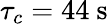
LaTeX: \tau_{c}=44~\mathrm{s}